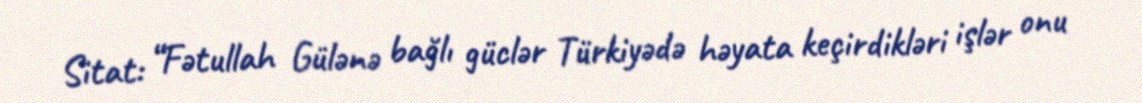
Sitat: “Fətullah Gülənə bağlı güclər Türkiyədə həyata keçirdikləri işlər onu